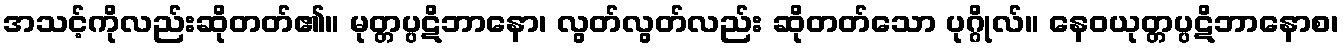
အသင့်ကိုလည်းဆိုတတ်၏။ မုတ္တပ္ပဋိဘာနော၊ လွတ်လွတ်လည်း ဆိုတတ်သော ပုဂ္ဂိုလ်။ နေဝယုတ္တပ္ပဋိဘာနောစ၊